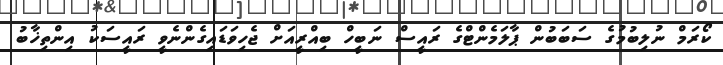
ކޯރަމް ނުލިބުމުގެ ސަބަބުން ޕާލަމެންޓްގެ ރައީސް ނަބީހް ބިއްރީއަށް ޖެހިވަޑައިގެންނެވީ ރައީސަކު އިންތިޚާބު